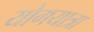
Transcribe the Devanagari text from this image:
योगयात्रा